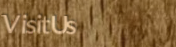
VisitUs